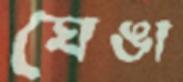
ঘেঙা